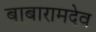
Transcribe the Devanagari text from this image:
बाबारामदेव